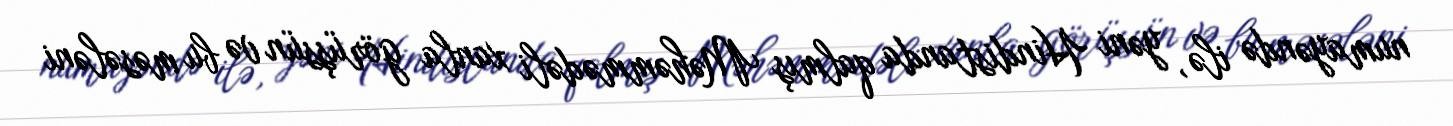
numayəndə ilə, yəni Hindistanda qalmış Məhəmmədəli xanla görüşsün və bu məsələni